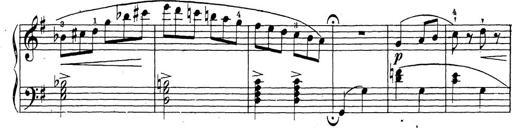
Title: 10 Sonatinas
Composer: Fritz Spindler